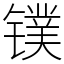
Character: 镤